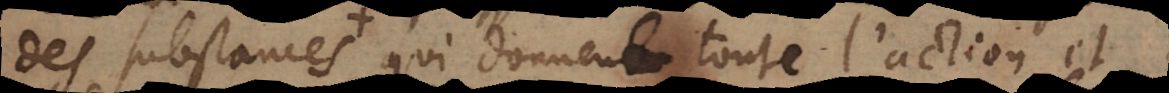
des substances qui donnent toute l’action et